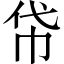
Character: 帒